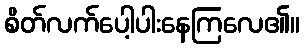
စိတ်လက်ပေါ့ပါးနေကြလေ၏။